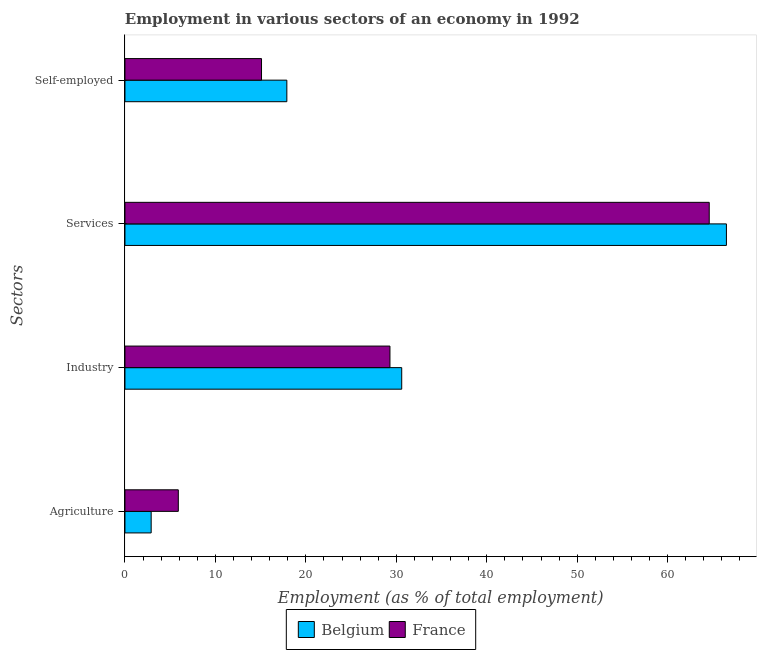
| Sectors | Belgium | France |
 | --- | --- | --- |
 | Agriculture | 2.9 | 5.9 |
 | Industry | 30.6 | 29.3 |
 | Services | 66.5 | 64.6 |
 | Self-employed | 17.9 | 15.1 |